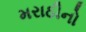
મરાઠીનો